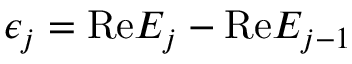
\epsilon _ { j } = \mathrm { R e } E _ { j } - \mathrm { R e } E _ { j - 1 }